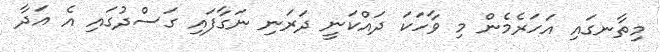
މިތާނގައި އަހަރެމެން މި ވާހަކަ ދައްކަނީ ދަރަނި ނަގާފައި ގަސްދުގައި އެ އަދާ